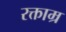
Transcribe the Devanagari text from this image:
रक्ताम्र